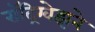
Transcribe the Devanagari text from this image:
रॉद्रिग्वेझने